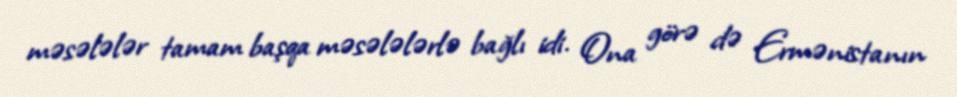
məsələlər tamam başqa məsələlərlə bağlı idi. Ona görə də Ermənistanın